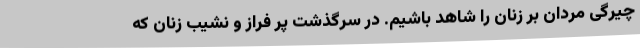
چیرگی مردان بر زنان را شاهد باشیم. در سرگذشت پر فراز و نشیب زنان که